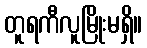
တူရကီလူမြိုးမရှိ။